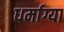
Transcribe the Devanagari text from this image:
धर्माग्या